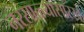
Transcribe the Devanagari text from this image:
नरसाळ्यासारखे